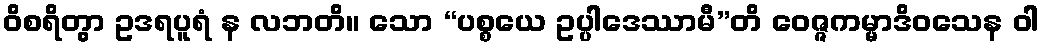
ဝိစရိတွာ ဥဒရပူရံ န လဘတိ။ သော “ပစ္စယေ ဥပ္ပါဒေဿာမီ”တိ ဝေဇ္ဇကမ္မာဒိဝသေန ဝါ